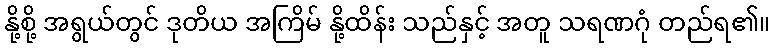
နို့စို့ အရွယ်တွင် ဒုတိယ အကြိမ် နို့ထိန်း သည်နှင့် အတူ သရဏဂုံ တည်ရ၏။